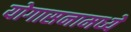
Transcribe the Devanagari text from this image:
योगासनामध्ये